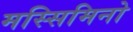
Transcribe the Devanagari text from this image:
मस्सिमिनो